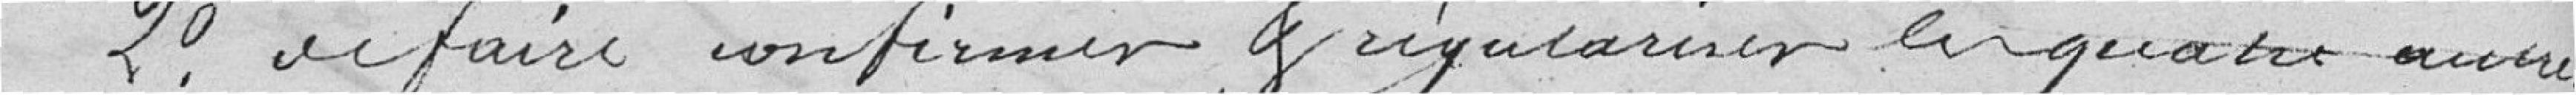
2° de faire confirmer, et régulariser en quatre autre